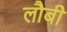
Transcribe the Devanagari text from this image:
लौबी